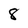
Character: 8